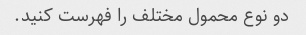
دو نوع محمول مختلف را فهرست کنید.